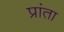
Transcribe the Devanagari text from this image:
प्रांता